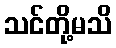
သင်တို့မသိ